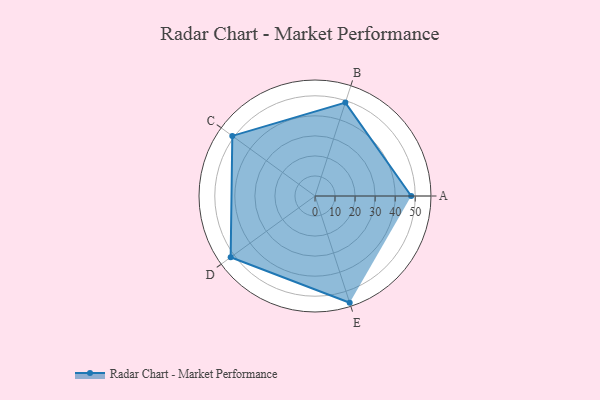
{"axis": {"x": "Skill", "y": "Score"}, "legend": ["Profile"], "data": [{"x": "A", "y": 48.0, "type": "Profile"}, {"x": "B", "y": 49.0, "type": "Profile"}, {"x": "C", "y": 51.0, "type": "Profile"}, {"x": "D", "y": 52.0, "type": "Profile"}, {"x": "E", "y": 56.0, "type": "Profile"}]}